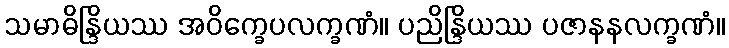
သမာဓိန္ဒြိယဿ အဝိက္ခေပလက္ခဏံ။ ပညိန္ဒြိယဿ ပဇာနနလက္ခဏံ။